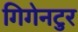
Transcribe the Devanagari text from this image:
गिगेनटुर